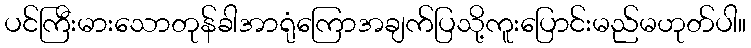
ပင်ကြီးမားသောတုန်ခါအာရုံကြောအချက်ပြသို့ကူးပြောင်းမည်မဟုတ်ပါ။